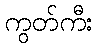
ကွတ်ကီး